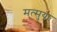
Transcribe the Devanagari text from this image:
मत्सुया